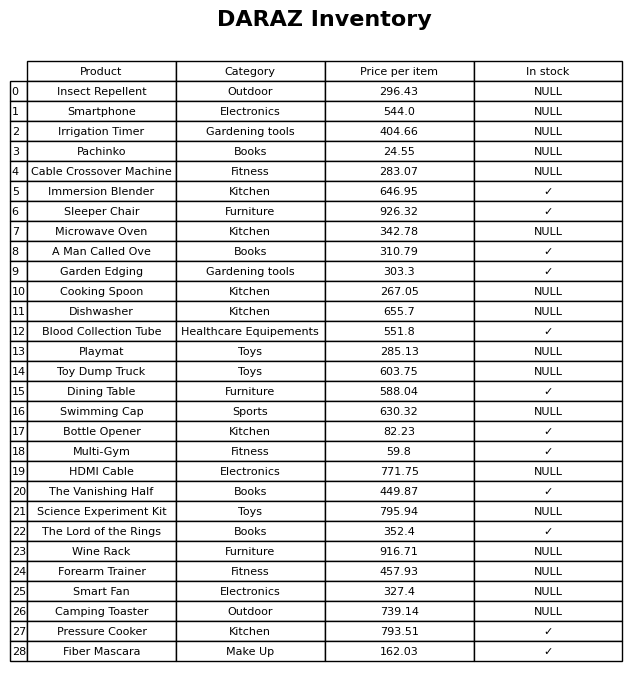
question: What is the price for The Vanishing Half?
answer: The price of The Vanishing Half is 449.87.